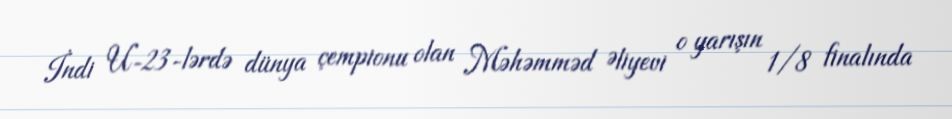
İndi U-23-lərdə dünya çempionu olan Məhəmməd Əliyevi o yarışın 1/8 finalında